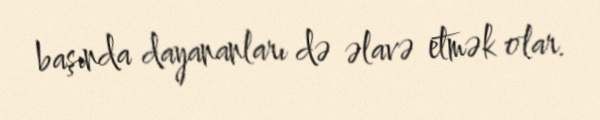
başında dayananları də əlavə etmək olar.